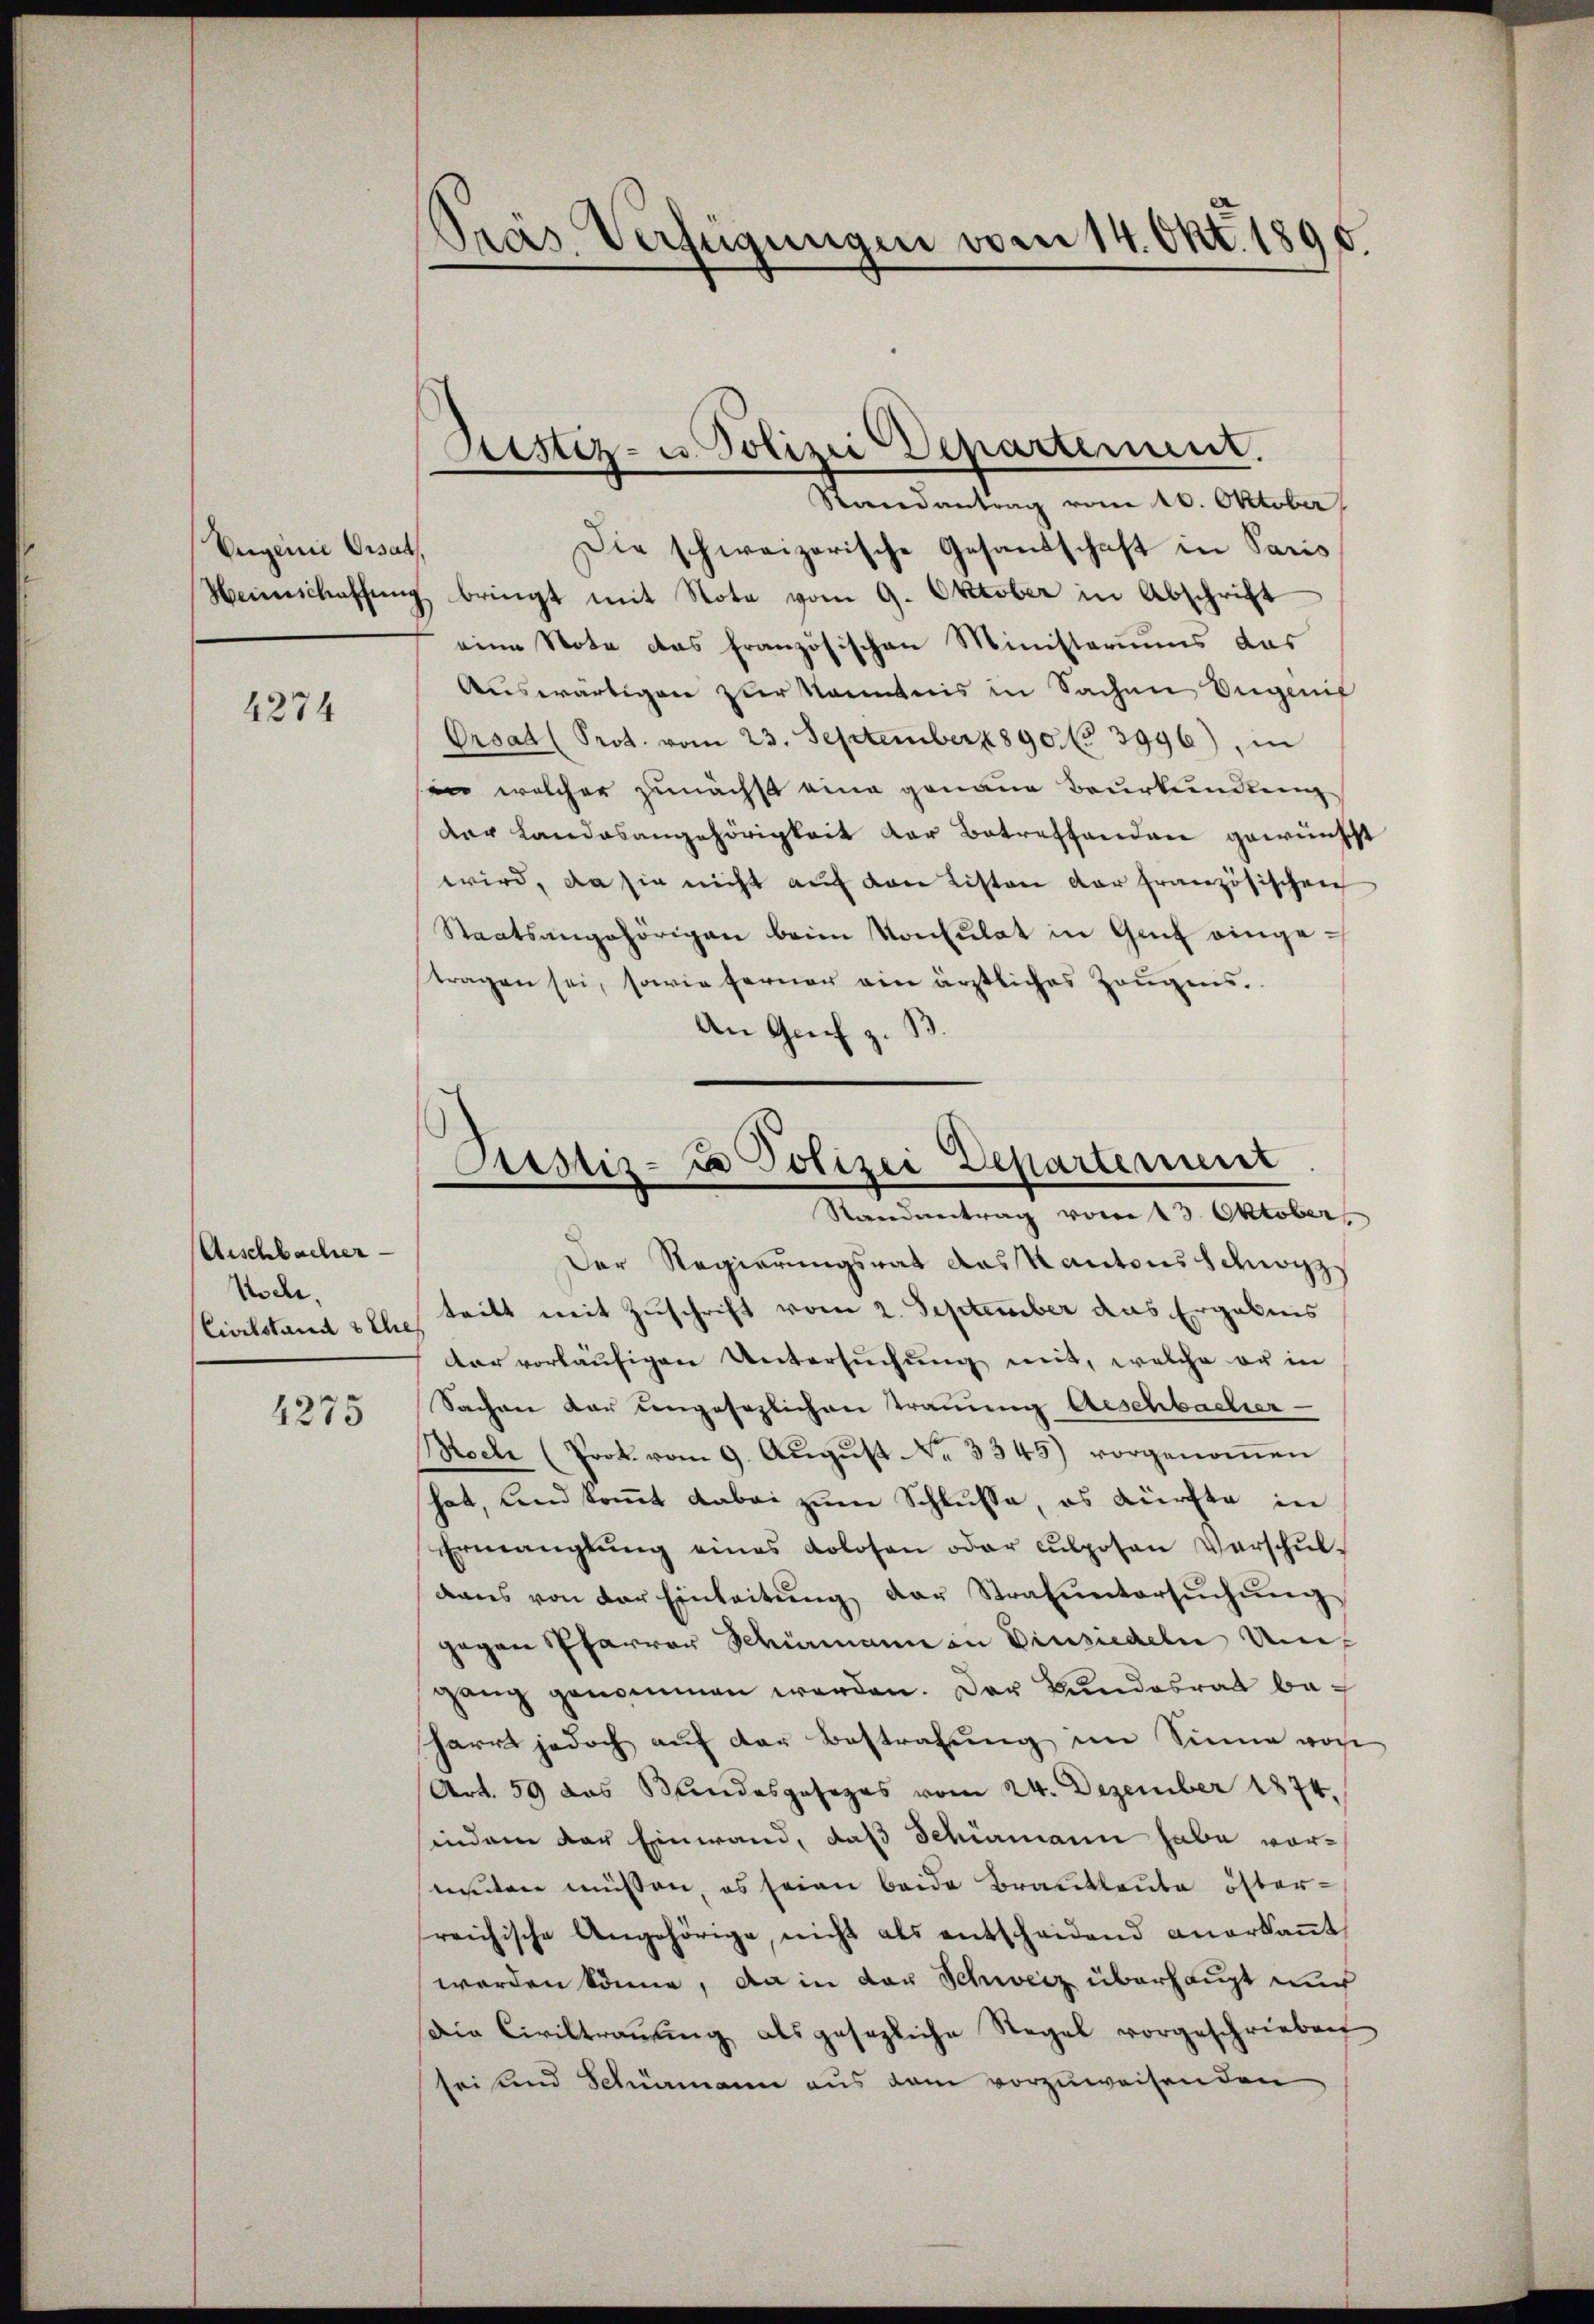
Veigene Ersat

4274

Arschbacher
Node.
Civilstand sche
1275

Präs. Verfügungen vom 14. Okt. 1896

Randantrag vom 10. Oktober
Die schweizerische Gesandschaft in Paris
Weinschaffŭng bringt mit Note vom 9. Oktober in Abschrift
eine Note das französischen Ministeriums das
Auswärtigen zur kanntnis in Sachen Ingenif
Orsat (Prot. vom 23. September 1890. 3996), in
in welcher zunächst eine genaue Beurkundung
der Landesangehörigkeit der Betreffenden gewünscht
wird, da sie nicht auf den Listen der französischen
Staatsangehörigen beim Konsulat in Genf eingetragen sei, sowie ferner ein ärztliches Zeugens.
An Genf z. B.

Sistiz- u. Polizei Departement.

Astiz- & Polizei Departement
Randantrag vom 13. Oktober

Der Regierungsrat das Kantons Schwyz
teilt mit Zuschrift vom 2. September das Ergebnis
dar vorläufigen Untersuchung mit, welche er in
Sachen dar ungesezlichen Trauung Aeschbacher
Noch (Prok. vom 9. Aŭgŭst No. 3345) vorgenoṁen
hat, und kommt dabei zum Schlusse, es dürfte in
Ermanglung eines Kolosen oder cŭlposen Verschŭl-
dans von der Einleitŭng der Strafuntersŭchŭng
gegen Pfarrer Schürmann in Einsiedeln Umgang genommen werden. Der Bundesrat beharrt jedoch auf der Bestrafung im Sinne von
Art. 59 das Sandesgesezes vom 24. Dezember 1874.
indem der Einwand, daß Schürmann habe vormuten müssen, es seien beide Brautleute österreichische Angehörige, nicht als entscheidend anerkaṅt
worden könne, da in der Schweiz überhaupt nur
Die Civiltrauung als gesezliche Regel vorgeschrieben
sei und Schumann aus dem vorzuweisenden